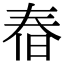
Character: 㫪